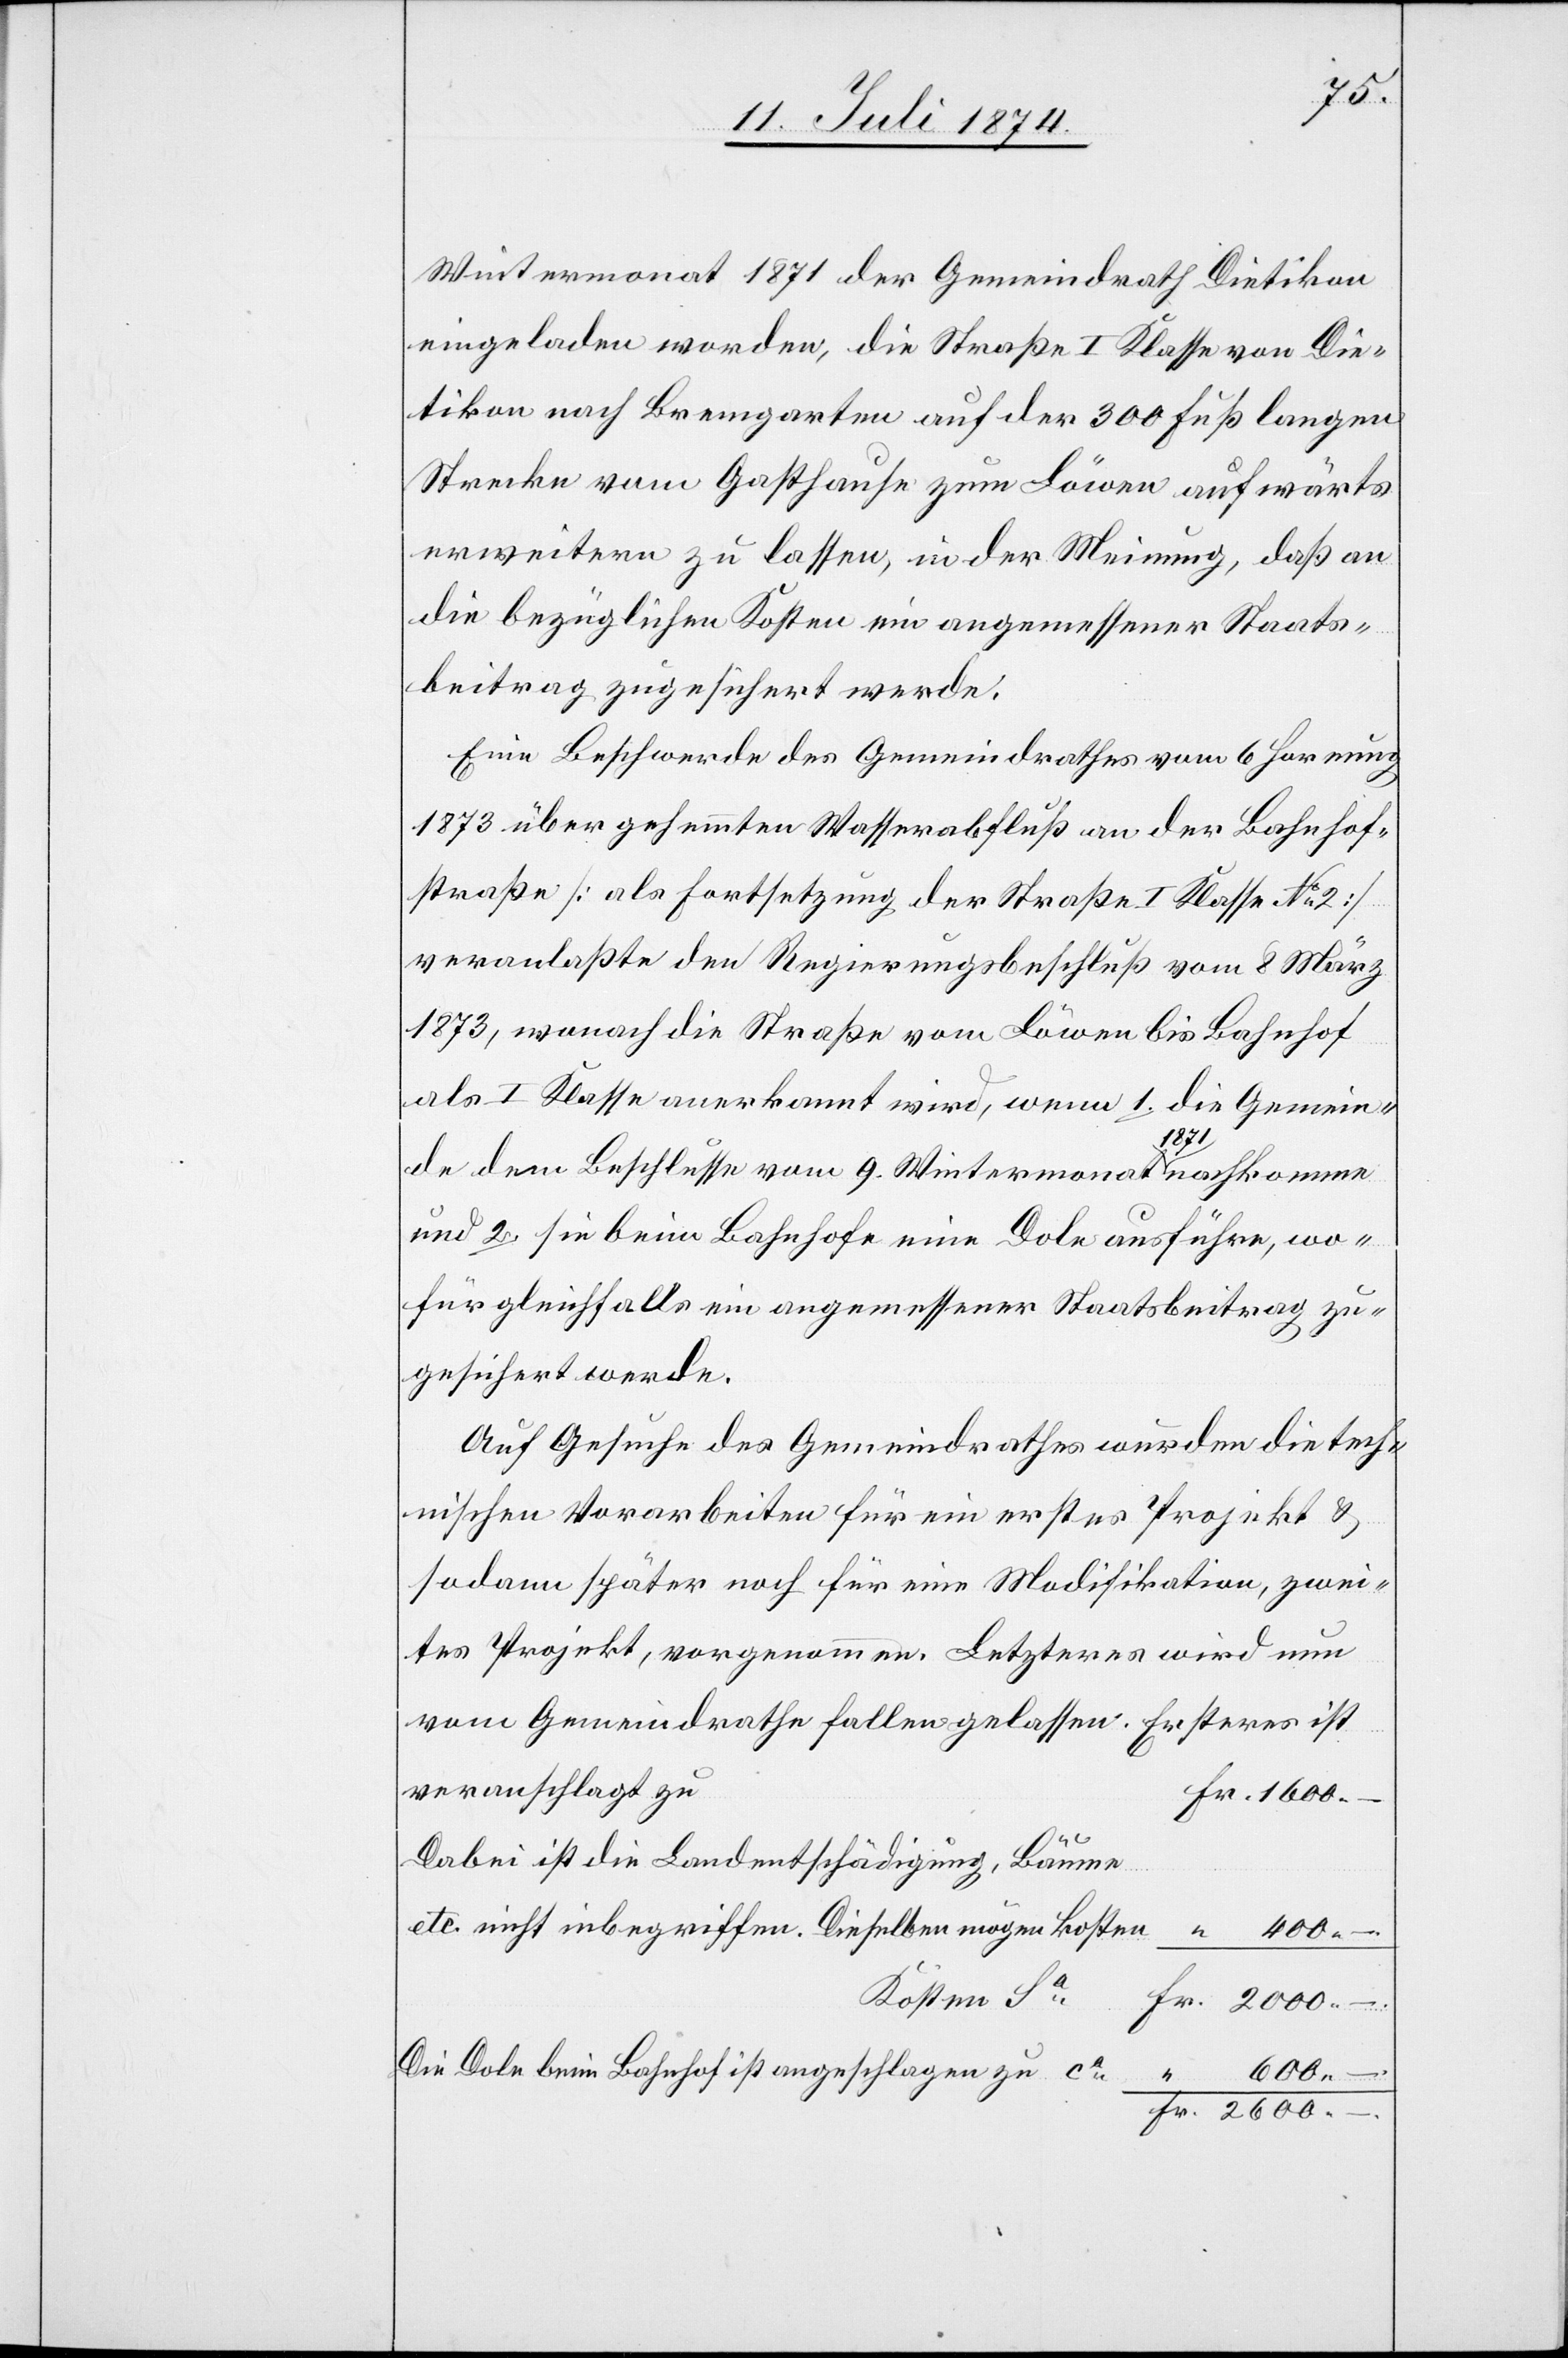
2000.
Wintermonat 1871 der Gemeindrath Dietikon
eingeladen worden, die Straße I. Klasse von Die¬
tikon nah Bremgarten auf der 300 Fuß langen
Strecke vom Gasthause zum Löwen aufwärts
erweitern zu lassen, in der Meinung, daß an
die bezüglichen Kosten ein angemessener Staats¬
beitrag zugesichert werde.
Eine Beschwerde des Gemeindrathes vom 6. Hornung
1873 über gehemmten Wasserabfluß an der Bahnhof¬
straße [als Fortsetzung der Straße I. Klasse No 2]
veranlaßte den Regierungsbeschluß vom 8. März
1873, wonach die Straße vom Löwen bis Bahnhof
als I. Klasse anerkannt wird, wenn 1. die Gemein¬
de dem Beschlusse vom 9. Wintermonat 1871 nachkomme
und 2. sie beim Bahnhof eine Dole ausführe, wo¬
für gleichfalls ein angemessener Staatsbeitrag zu¬
gesichert werde.
Auf Gesuche des Gemeindrathes wurden die tech¬
nischen Vorarbeiten für ein erstes Projekt u.
sodann später noch für eine Modifikation, zwei¬
tes Projekt, vorgenommen. Letzteres wird nun
vom Gemeindrathe fallengelassen. Ersteres ist
veranschlagt zu
Fr.
Dabei ist die Landentschädigung, Bäume
etc. nicht in begriffen. Dieselben mögen kosten
Kosten Sa
Die Dole beim Bahnhof ist angeschlagen zu ca
2600.

–